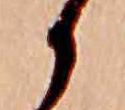
か